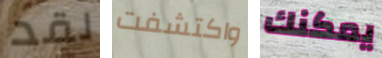
لقد واكتشفت يمكنك